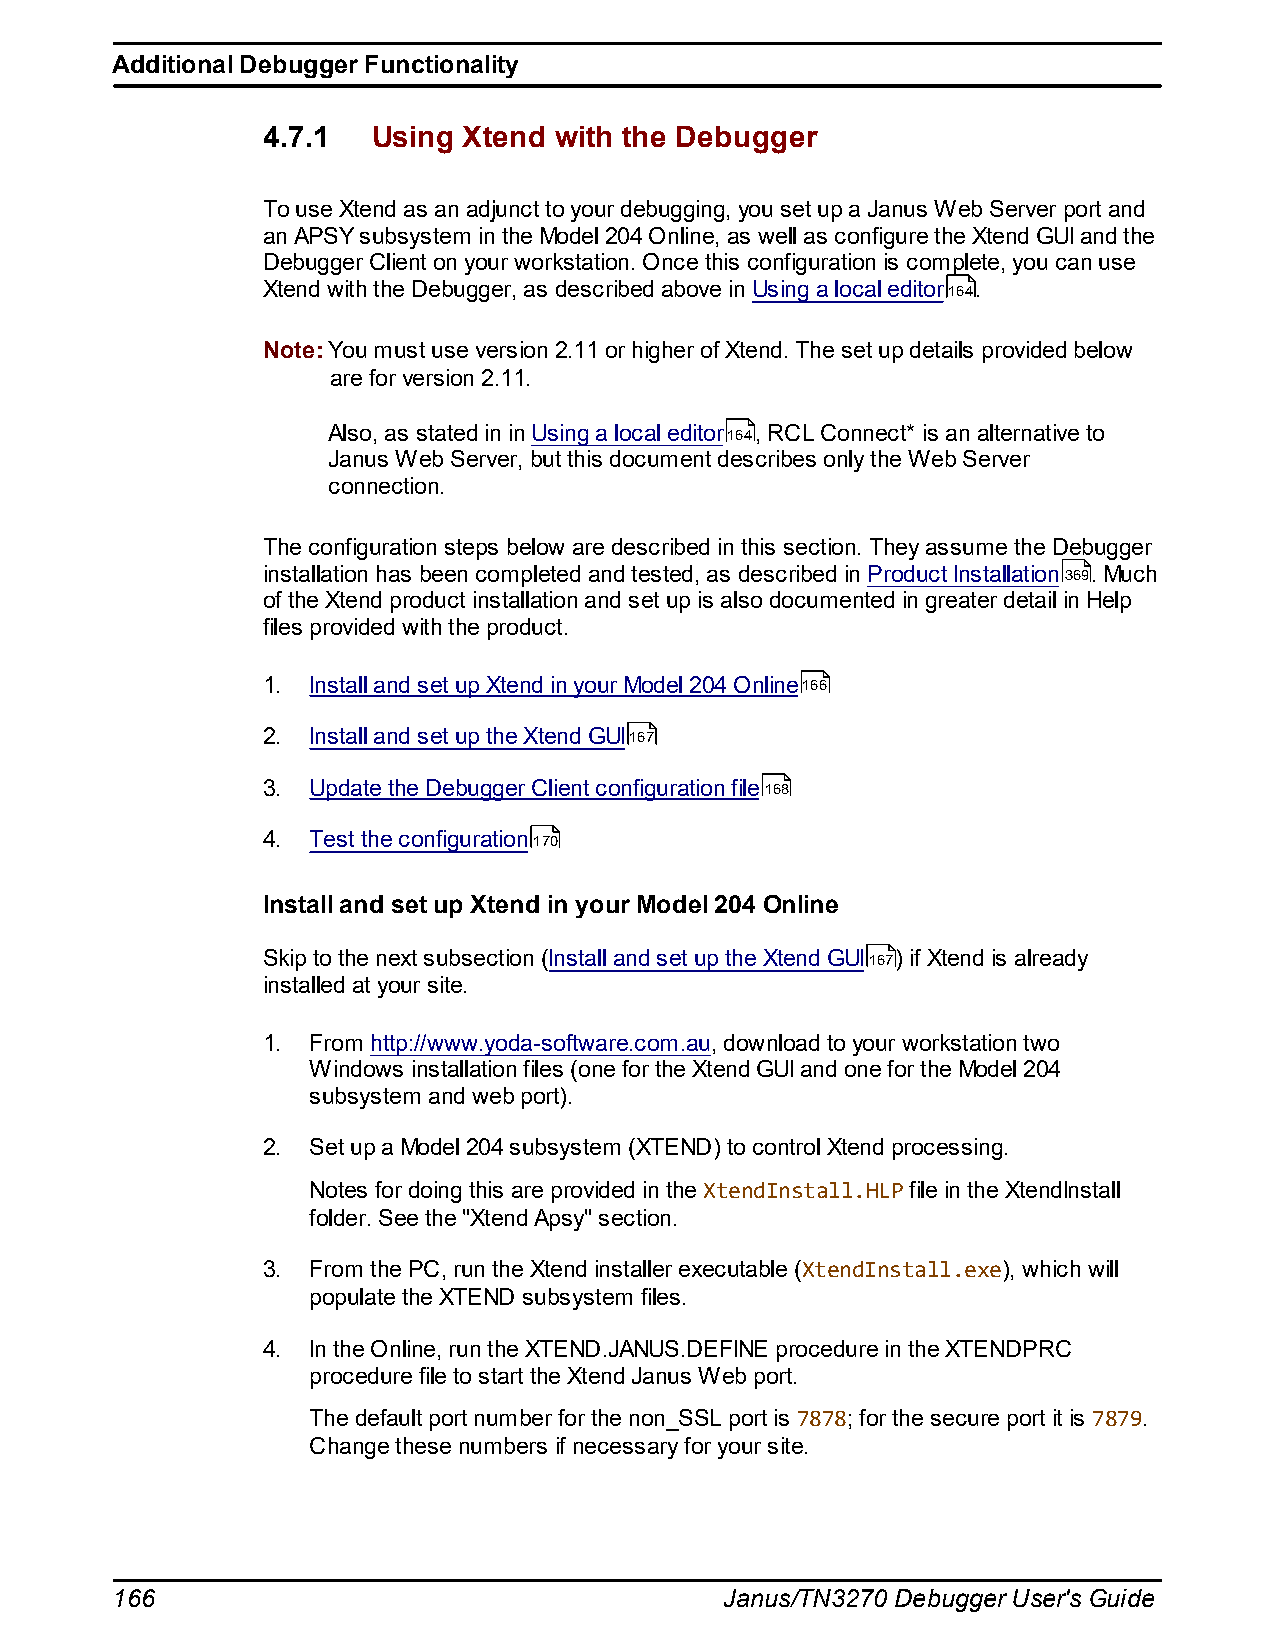
Additional Debugger Functionality
 4.7.1   Using Xtend with the Debugger
 To use Xtend as an adjunct to your debugging, you set up a Janus Web Server port and
 an APSY subsystem in the Model 204 Online, as well as configure the Xtend GUI and the
 Debugger Client on your workstation. Once this configuration is complete, you can use
 Xtend with the Debugger, as described above in Using a local editor164.
 Note: You must use version 2.11 or higher of Xtend. The set up details provided below
 are for version 2.11.
 Also, as stated in in Using a local editor164, RCL Connect* is an alternative to
 Janus Web Server, but this document describes only the Web Server
 connection.
 The configuration steps below are described in this section. They assume the Debugger
 installation has been completed and tested, as described in Product Installation369. Much
 of the Xtend product installation and set up is also documented in greater detail in Help
 files provided with the product.
 1. Install and set up Xtend in your Model 204 Online166
 2. Install and set up the Xtend GUI167
 3. Update the Debugger Client configuration file168
 4. Test the configuration170
 Install and set up Xtend in your Model 204 Online
 Skip to the next subsection (Install and set up the Xtend GUI167) if Xtend is already
 installed at your site.
 1. From http://www.yoda-software.com.au, download to your workstation two
 Windows installation files (one for the Xtend GUI and one for the Model 204
 subsystem and web port).
 2. Set up a Model 204 subsystem (XTEND) to control Xtend processing.
 Notes for doing this are provided in the XtendInstall.HLP file in the XtendInstall
 folder. See the "Xtend Apsy" section.
 3. From the PC, run the Xtend installer executable (XtendInstall.exe), which will
 populate the XTEND subsystem files.
 4. In the Online, run the XTEND.JANUS.DEFINE procedure in the XTENDPRC
 procedure file to start the Xtend Janus Web port.
 The default port number for the non_SSL port is 7878; for the secure port it is 7879.
 Change these numbers if necessary for your site.
 166                                      Janus/TN3270 Debugger User's Guide